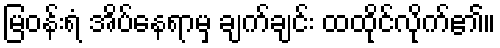
မြဝန်းရံ အိပ်နေရာမှ ချက်ချင်း ထထိုင်လိုက်၏။